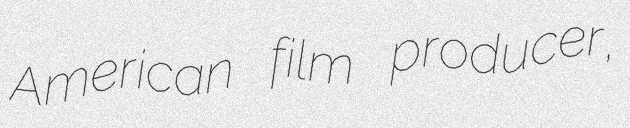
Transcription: American film producer,